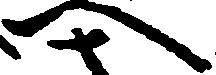
へ